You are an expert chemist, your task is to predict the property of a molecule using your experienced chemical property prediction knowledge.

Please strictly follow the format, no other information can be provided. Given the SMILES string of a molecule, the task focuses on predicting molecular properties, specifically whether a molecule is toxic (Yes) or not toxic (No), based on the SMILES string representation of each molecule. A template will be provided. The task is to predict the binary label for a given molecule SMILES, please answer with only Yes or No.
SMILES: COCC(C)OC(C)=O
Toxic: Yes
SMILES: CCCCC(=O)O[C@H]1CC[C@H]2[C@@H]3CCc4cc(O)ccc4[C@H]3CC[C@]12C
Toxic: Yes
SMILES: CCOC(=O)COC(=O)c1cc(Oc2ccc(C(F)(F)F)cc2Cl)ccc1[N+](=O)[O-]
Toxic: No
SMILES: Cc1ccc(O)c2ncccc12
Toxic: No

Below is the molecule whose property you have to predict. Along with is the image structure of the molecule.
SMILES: COC(=O)c1cc(C(=O)OC)cc(S(=O)(=O)[O-])c1
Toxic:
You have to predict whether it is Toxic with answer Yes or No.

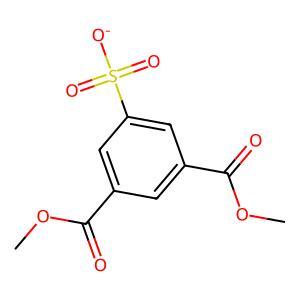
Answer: No